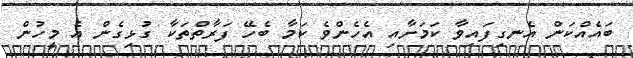
ބައެއްކަން އެނގިފައިވާ ކަމަށާއި އެހެންވެ ކަމާ ބެހޭ ފަރާތްތަކާ ގުޅިގެން އެ މީހުން